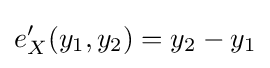
e'_{X}(y_{1},y_{2})=y_{2}-y_{1}